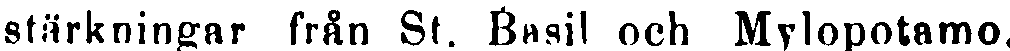
stärkningar från St. Basil och Mylopotamo.